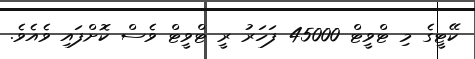
ކޭޓީގެ މި ޓްވީޓް 45000 ފަހަރު ރީ ޓްވީޓް ވެސް ކޮށްފައި ވެއެވެ.